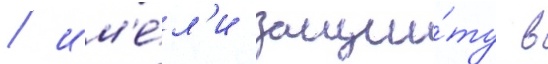
/ им'е́л'и защи́ту в